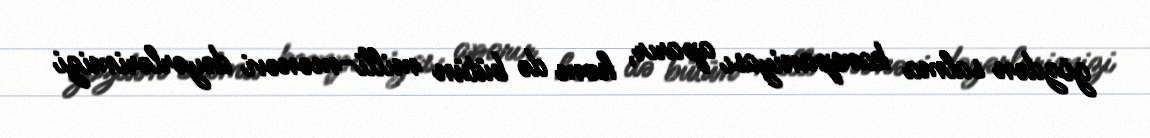
gözdən salma kampaniyası aparır, həm də bütün milli-mənəvi dəyərlərimizi